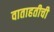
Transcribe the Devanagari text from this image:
वाताहतीची